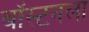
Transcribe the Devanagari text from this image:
बॉस्टनला